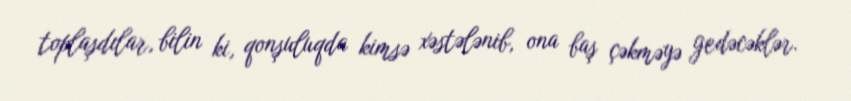
toplaşdılar, bilin ki, qonşuluqda kimsə xəstələnib, ona baş çəkməyə gedəcəklər.